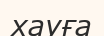
хауға